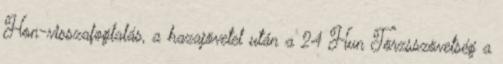
Hon-visszafoglalás, a hazajövetel után a 24 Hun Törzsszövetség a